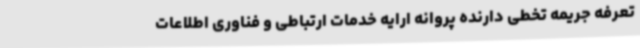
تعرفه جریمه تخطی دارنده پروانه‌ ارایه خدمات ارتباطی و فناوری اطلاعات